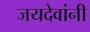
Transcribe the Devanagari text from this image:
जयदेवांनी